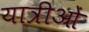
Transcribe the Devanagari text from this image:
यात्रीओं